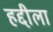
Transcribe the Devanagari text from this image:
हद्दीला